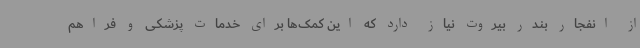
از انفجار بندر بیروت نیاز دارد که این کمک‌ها برای خدمات پزشکی و فراهم